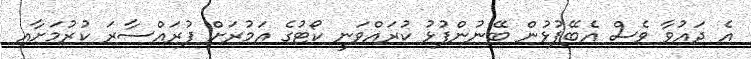
އެ ދައުވާ ވެސް އެބޭފުޅުން ބޭނުންފުޅު ކުރައްވަނީ ކޯޓުގެ އަމުރަށް ފުރައްސާރަ ކުރުމަށާއި